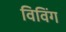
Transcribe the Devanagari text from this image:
विविंग